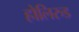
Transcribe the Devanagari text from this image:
होलिरुड